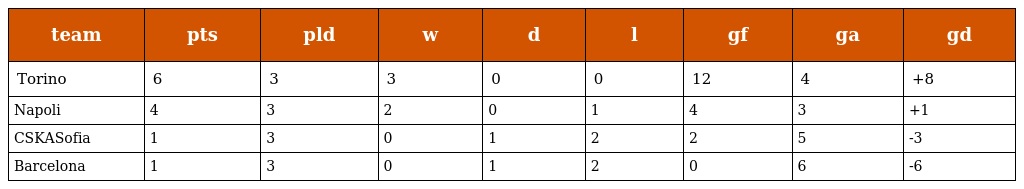
| team | pts | pld | w | d | l | gf | ga | gd |
 | --- | --- | --- | --- | --- | --- | --- | --- | --- |
 | Torino | 6 | 3 | 3 | 0 | 0 | 12 | 4 | +8 |
 | Napoli | 4 | 3 | 2 | 0 | 1 | 4 | 3 | +1 |
 | CSKASofia | 1 | 3 | 0 | 1 | 2 | 2 | 5 | -3 |
 | Barcelona | 1 | 3 | 0 | 1 | 2 | 0 | 6 | -6 |